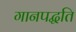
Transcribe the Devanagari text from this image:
गानपद्धति